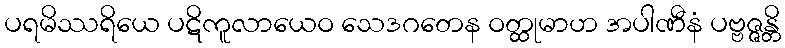
ပရမိဿရိယေ ပဋိကူလာယေဝ သေဒဂတေန ဝတ္ထုမာဟ အပါဏီနံ ပဗ္ဗဇ္ဇန္တိ